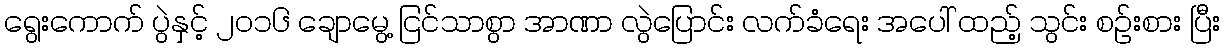
ရွေးကောက် ပွဲနှင့် ၂၀၁၆ ချောမွေ့ ငြင်သာစွာ အာဏာ လွဲပြောင်း လက်ခံရေး အပေါ် ထည့် သွင်း စဉ်းစား ပြီး